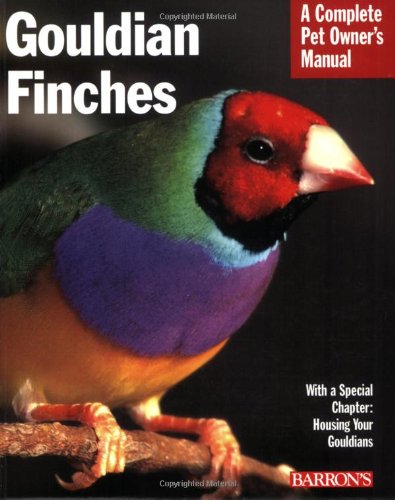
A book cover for Gouldian Finches (Complete Pet Owner's Manual); Gayle A. Soucek; Crafts, Hobbies & Home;